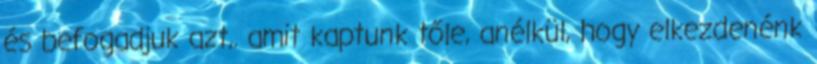
és befogadjuk azt,. amit kaptunk tőle, anélkül, hogy elkezdenénk